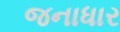
જનાધાર